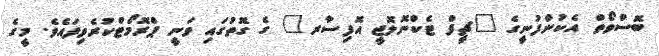
ބޮސްވޯތް އެކުންފުނީގެ "ޗީފް ޓެކްނޮލޮޖީ އޮފިސާރ" ގެ ގޮތުގައި ވަނީ ޕްރޮމޯޓްކުރެވިފައެވެ. މީގެ